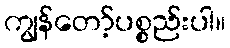
ကျွန်တော့်ပစ္စည်းပါ။